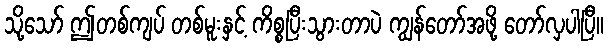
သို့သော် ဤတစ်ကျပ် တစ်မူးနှင့် ကိစ္စပြီးသွားတာပဲ ကျွန်တော်အဖို့ တော်လှပါပြီ။